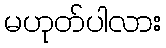
မဟုတ်ပါလား